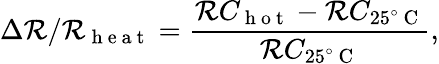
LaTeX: \Delta\mathcal{R}/\mathcal{R}_{\mathrm{{~h~e~a~t~}}}=\frac{{\mathcal{R}C_{\mathrm{{~h~o~t~}}}-\mathcal{R}C_{25^{\circ}\mathrm{{~C~}}}}}{{\mathcal{R}C_{25^{\circ}\mathrm{{~C~}}}}},